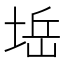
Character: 𱗀